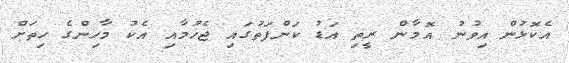
އެކޮޅުން އިވުނު އޮމާން ރީތި އަޑު ކަންފަތުގައި ޖެހުމާއި އެކު މާހިންގެ ހިތަށް